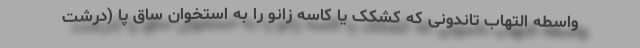
واسطه التهاب تاندونی که کشکک یا کاسه زانو را به استخوان ساق پا (درشت